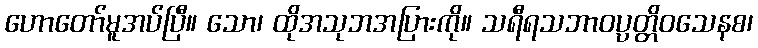
ဟောတော်မူအပ်ပြီ။ သော၊ ထိုအသုဘအပြားကို။ သရီရသဘာဝပ္ပတ္တိဝသေနစ၊